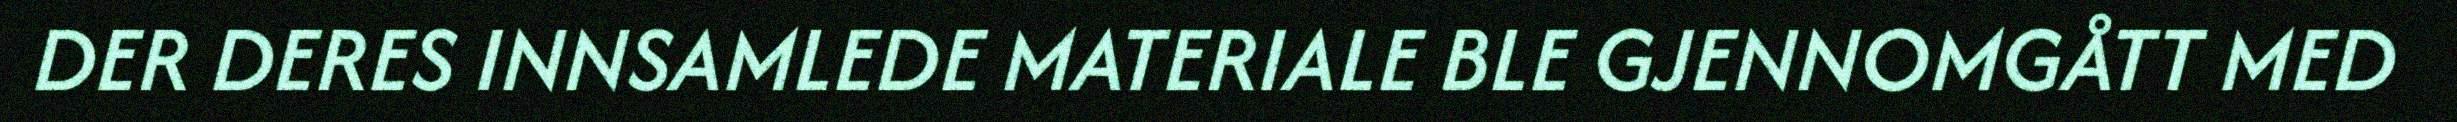
DER DERES INNSAMLEDE MATERIALE BLE GJENNOMGÅTT MED